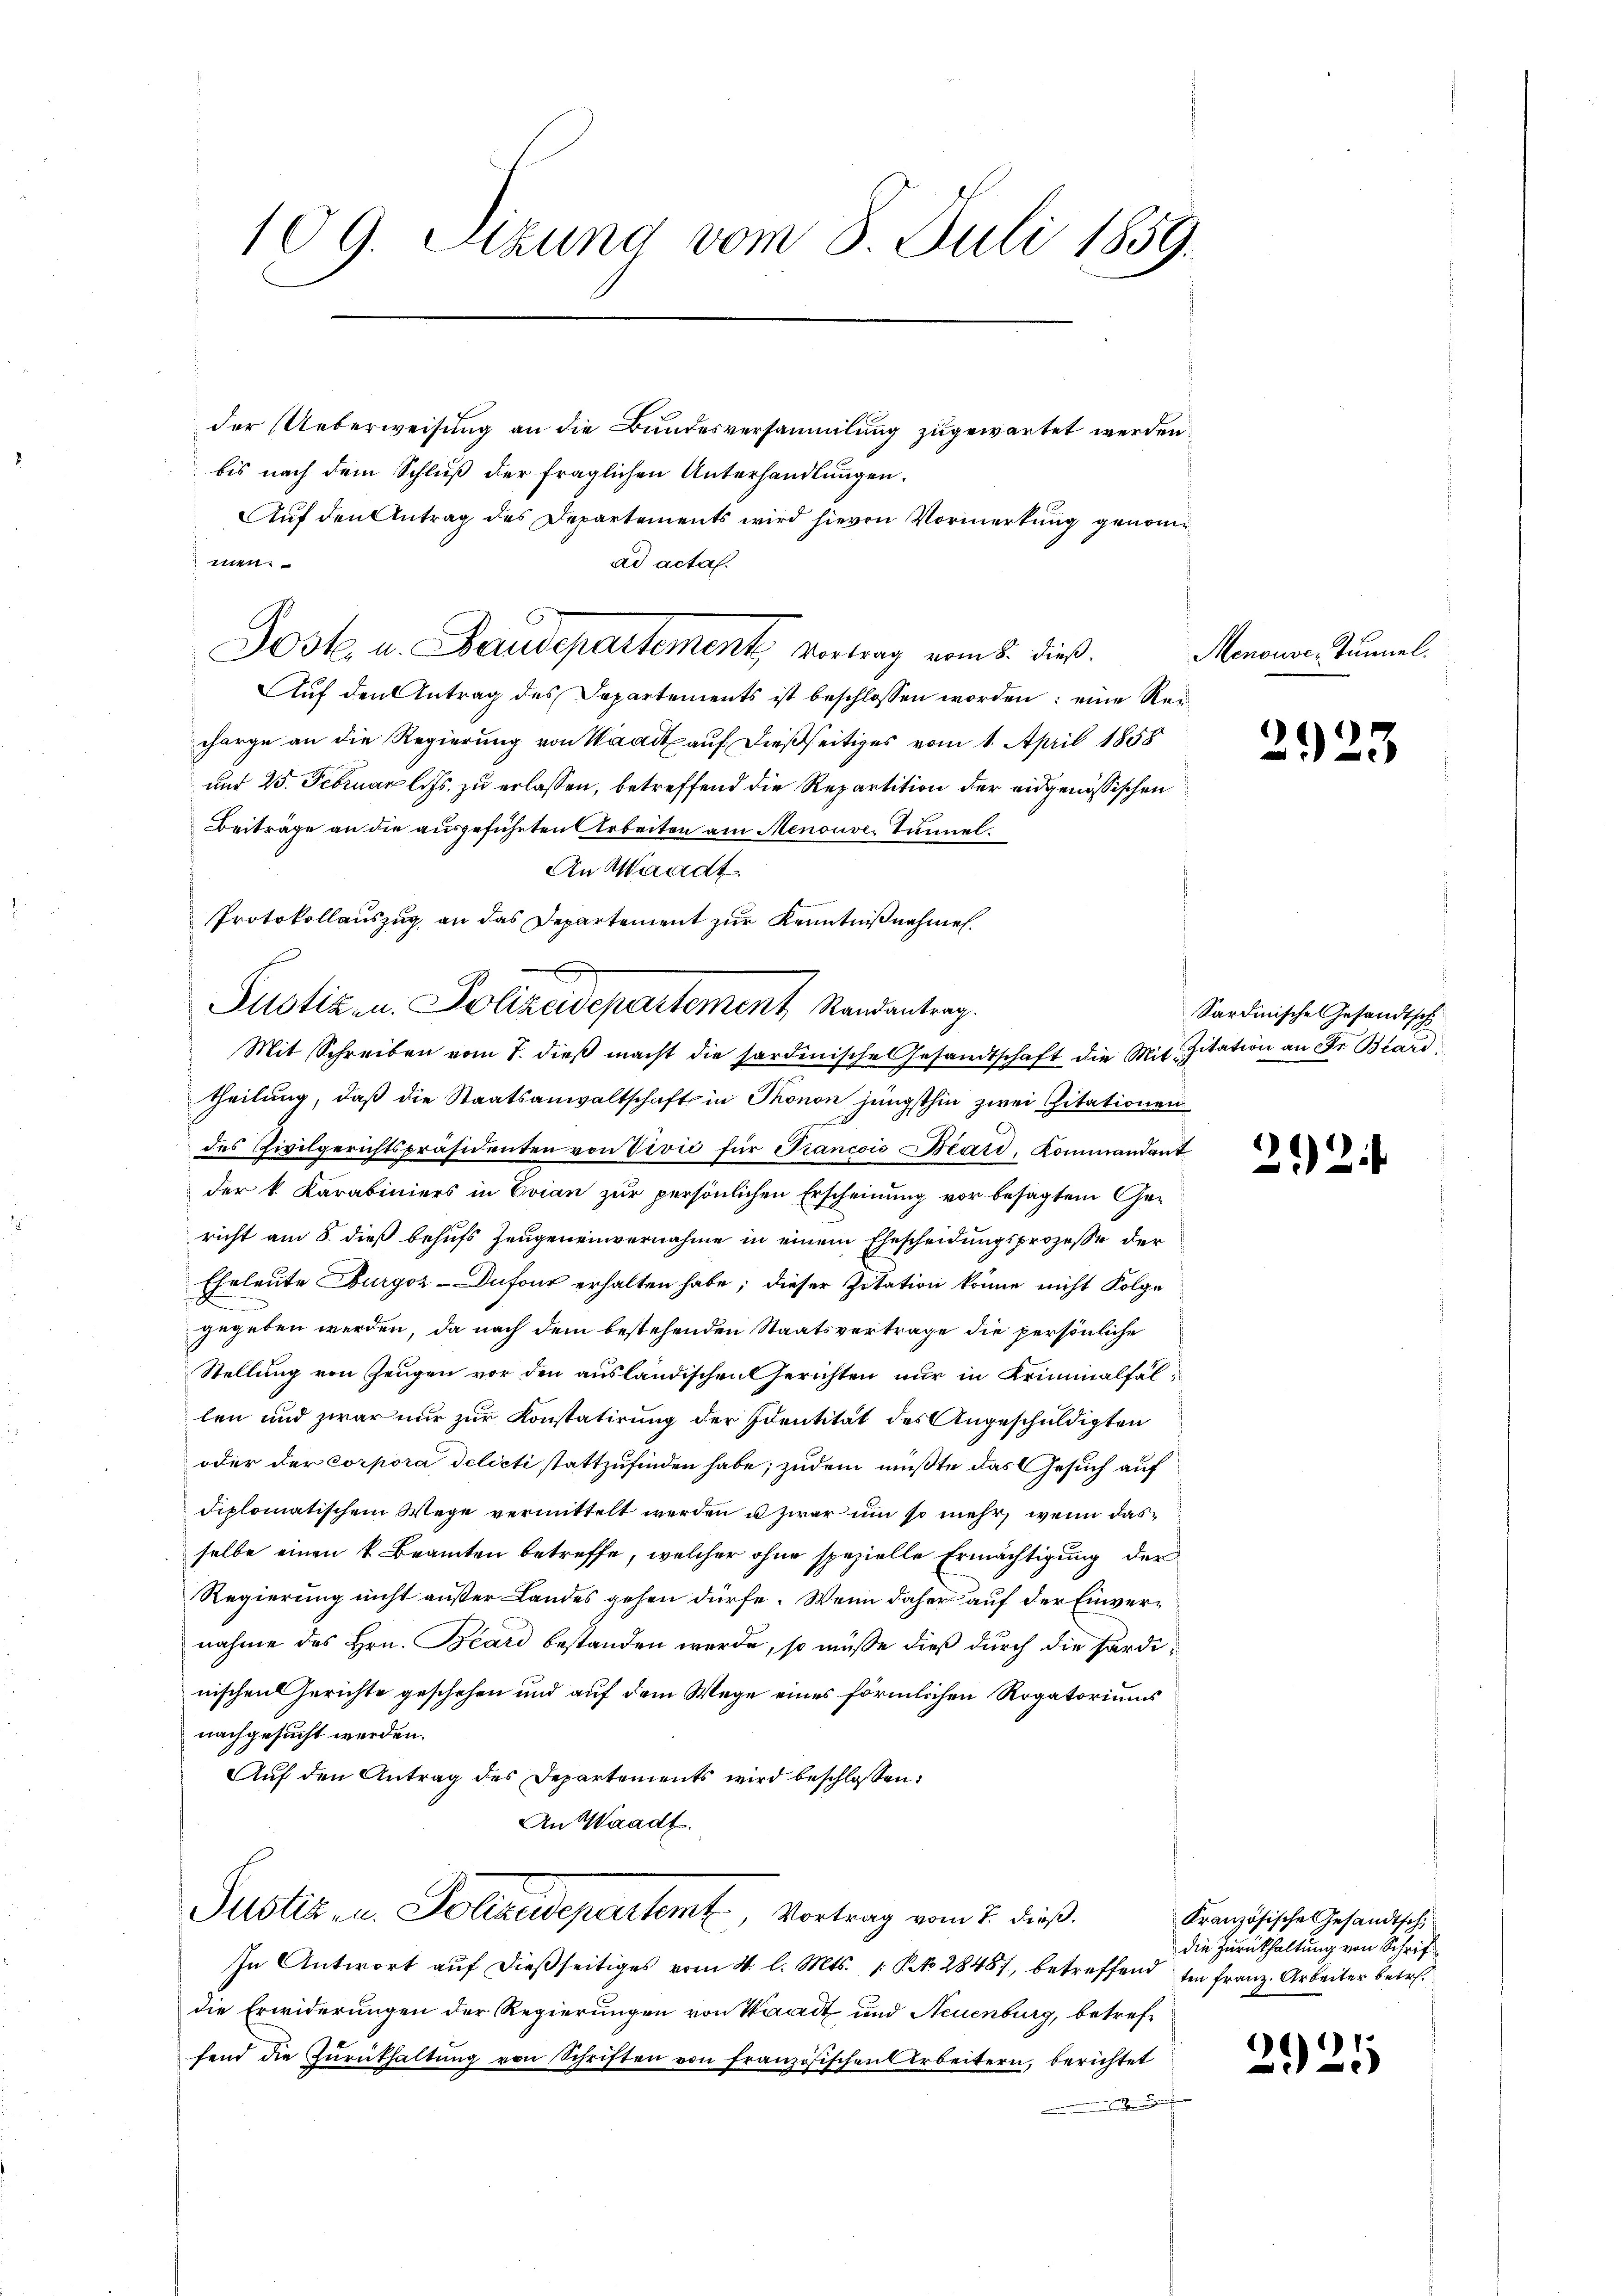
109. Sitzung vom 3. Juli 1859.

der Ueberweisung an die Bundesversammlung zugewartet werden
bis nach dem Schluß der fraglichen Unterhandlungen.
Auf den Antrag des Departements wird hievon Vormerkung genom¬
14
ad acta.
Auf den Antrag des Departements ist beschlossen worden; eine Vercharge an die Regierung von Waadt auf dießseitiges vom 1. April 1858
und 25. Februar l. Js. zu erlassen, betreffend die Repartition der eidgenössischen
Beiträge an die ausgeführten Arbeiten am Menouve Tunnel.
An Waadt
Protokollauszug an das Departement zur Kenntnißnahmen.
Mit Schreiben vom 7. dieβ macht die sardinische Gesandtschaft die Mit Zitation an Fr. Blard
theilung, daß die Staatsanwaltschaft in Thonon jüngsthin zwei Citationen
des Civilgerichtspräsidenten von Vivić für Francois Beard, Kommandant
der k. Karabiniers in Evian zur persönlichen Erscheinung vor besagtem Gericht am 8. dieß behufs Zeugeneinvernahme in einem Ehescheidungsprozesse der
Eheleute Burgoz-Dufour erhalten habe; dieser Zitation könne nicht Folge
gegeben werden, da nach dem bestehenden Staatsvertrage die persönliche
Stellung von Zeugen vor den ausländischen Gerichten nur in Kriminalfallen und zwar nur zur Konstatirung der Identität des Angeschuldigten
oder der corpora delicti stattzufinden habe; zudem mußte das Gesuch auf
diplomatischem Wege vermittelt werden u zwar um so mehr, wenn dasselbe einen k. Beamten betreffe, welcher ohne spezielle Ermächtigung der
Regierung nicht außer Landes gehen dürfe. Wenn daher auf der Einvernahme des Hrn. Beard bestanden werde, so müsse dieß durch die Ferdinischen Gerichte geschehen und auf dem Wege eines förmlichen Rogatoriums
nachgesucht werden.
Auf den Antrag des Departements wird beschlossen:
An Waadt.
Justiz u. Sollaudepartemt, Vortrag vom 2. dieß.
In Antwort auf dießseitiges vom 4. l. Mts. 1. P. 2848, betreffend ein Franz. Arbeiter betr.
die Erwiderungen der Regierungen von Waadt und Neuenburg, betreffend die Zŭrükhaltŭng von Schriften von französischen Arbeitern, berichtet
.

Post. u. Baudepartement, Vortrag vom 8. dieß.

Justizen Polizeidepartement, Randantrag.

Menouve, Tunnel.

2923

Sardinische Gesandtsch

2) 2

Kranzösische Gesandtsch
die Zurückhaltung von Schrift

)
221